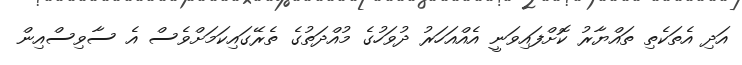
އަދި އެތަކެތި ތައްޔާރު ކޮށްފައިވަނީ އެއްއަހަރު ދުވަހުގެ މުއްދަތުގެ ތެރޭގައިކަމަށްވެސް އެ ސާވިސްއިން